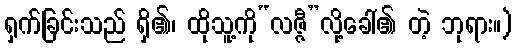
ရှက်ခြင်းသည် ရှိ၏၊ ထိုသူ့ကို“လဇ္ဇီ”လို့ခေါ်၏ တဲ့ ဘုရား။)